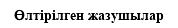
Өлтірілген жазушылар